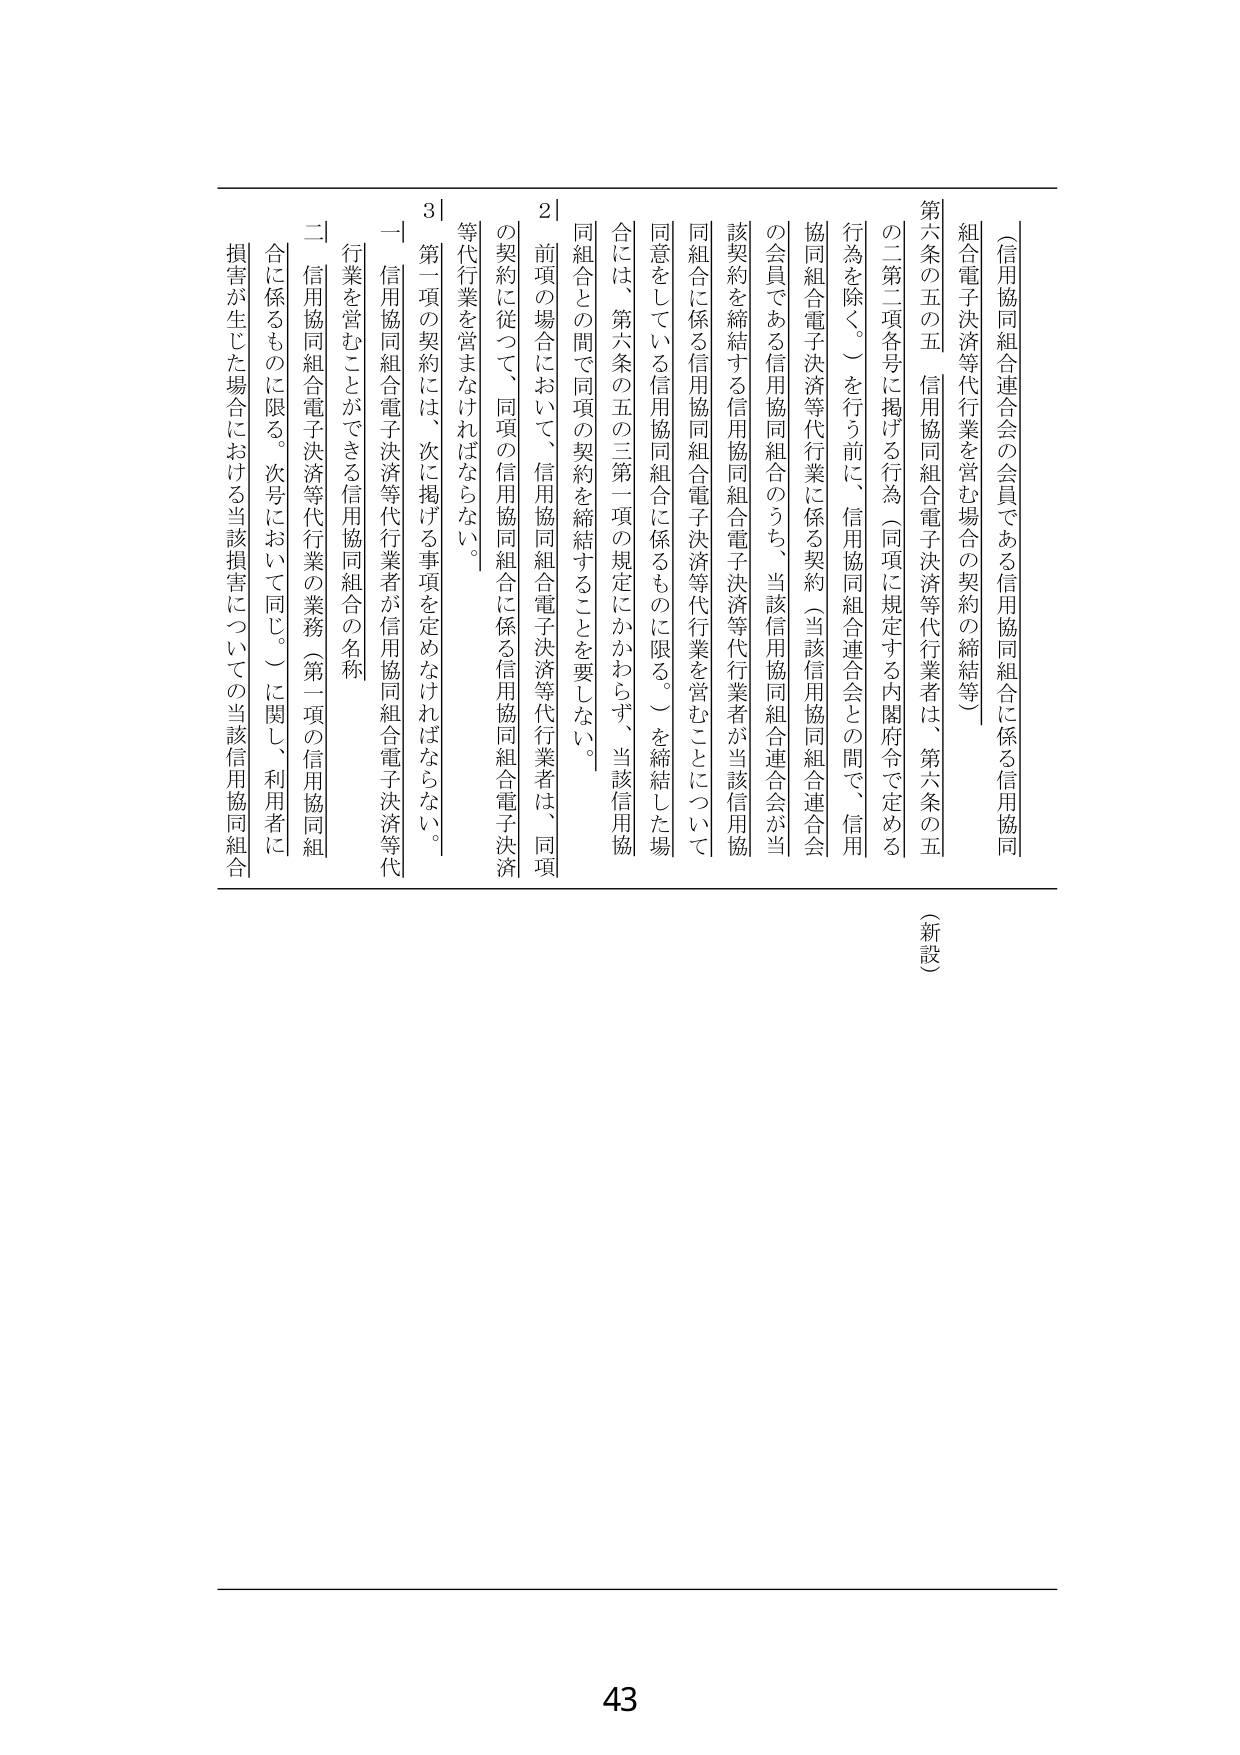
（信用協同組合連合会の会員である信用協同組合に係る信用協同
組合電子決済等代行業を営む場合の契約の締結等）
第六条の五の五 信用協同組合電子決済等代行業者は、第六条の五
の二第二項各号に掲げる行為（同項に規定する内閣府令で定める
行為を除く。）を行う前に、信用協同組合連合会との間で、信用
協同組合電子決済等代行業に係る契約（当該信用協同組合連合会
の会員である信用協同組合のうち、当該信用協同組合連合会が当
該契約を締結する信用協同組合電子決済等代行業者が当該信用協
同組合に係る信用協同組合電子決済等代行業を営むことについて
同意をしている信用協同組合に係るものに限る。）を締結した場
合には、第六条の五の三第一項の規定にかかわらず、当該信用協
同組合との間で同項の契約を締結することを要しない。
２ 前項の場合において、信用協同組合電子決済等代行業者は、同項
の契約に従って、同項の信用協同組合に係る信用協同組合電子決済
等代行業を営まなければならない。
３ 第一項の契約には、次に掲げる事項を定めなければならない。
一 信用協同組合電子決済等代行業者が信用協同組合電子決済等代
行業を営むことができる信用協同組合の名称
二 信用協同組合電子決済等代行業の業務（第一項の信用協同組
合に係るものに限る。次号において同じ。）に関し、利用者に
損害が生じた場合における当該損害についての当該信用協同組合
（新設）
43